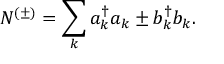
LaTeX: N ^ { ( \pm ) } = \sum _ { k } a _ { k } ^ { \dagger } a _ { k } \pm b _ { k } ^ { \dagger } b _ { k } .